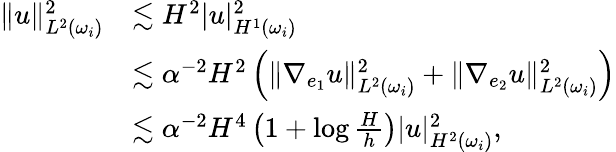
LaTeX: \begin{array}{rl}{\| u\| _{L^{2}(\omega_{i})}^{2}}&{\lesssim H^{2}|u|_{H^{1}(\omega_{i})}^{2}}\\ &{\lesssim\alpha^{-2}H^{2}\left(\| \nabla_{e_{1}}u\| _{L^{2}(\omega_{i})}^{2}+\| \nabla_{e_{2}}u\| _{L^{2}(\omega_{i})}^{2}\right)}\\ &{\lesssim\alpha^{-2}H^{4}\left(1+\log\frac{H}{h}\right)|u|_{H^{2}(\omega_{i})}^{2},}\end{array}